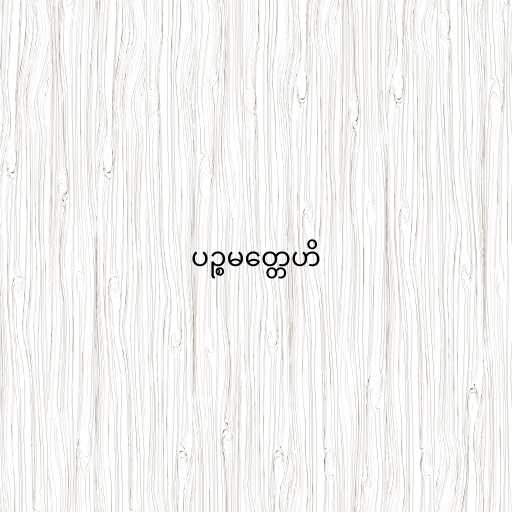
ပဉ္စမတ္တေဟိ